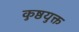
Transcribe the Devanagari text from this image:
कुष्ठयुक्त